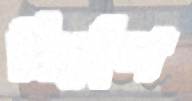
নির্দেশ